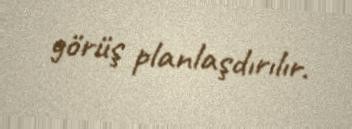
görüş planlaşdırılır.